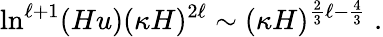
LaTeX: \ln^{\ell+1}(Hu)(\kappa H)^{2\ell}\sim(\kappa H)^{\frac 23\ell-\frac 43}\; .